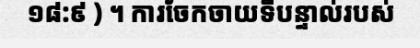
១៨:៩ ) ។ ការចែកចាយទីបន្ទាល់របស់